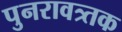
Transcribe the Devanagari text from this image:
पुनरावत्र्तक